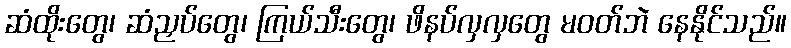
ဆံထိုးတွေ၊ ဆံညှပ်တွေ၊ ကြယ်သီးတွေ၊ ဖိနပ်လှလှတွေ မဝတ်ဘဲ နေနိုင်သည်။